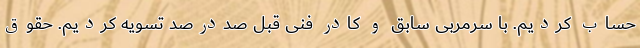
حساب کردیم. با سرمربی سابق و کادر فنی قبل صددرصد تسویه کردیم. حقوق